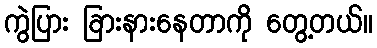
ကွဲပြား ခြားနားနေတာကို တွေ့တယ်။